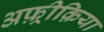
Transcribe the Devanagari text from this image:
अफ़्रीक़िया